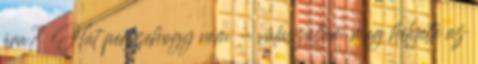
ára? Hát perszehogy nem - válaszoltam meg helyette az